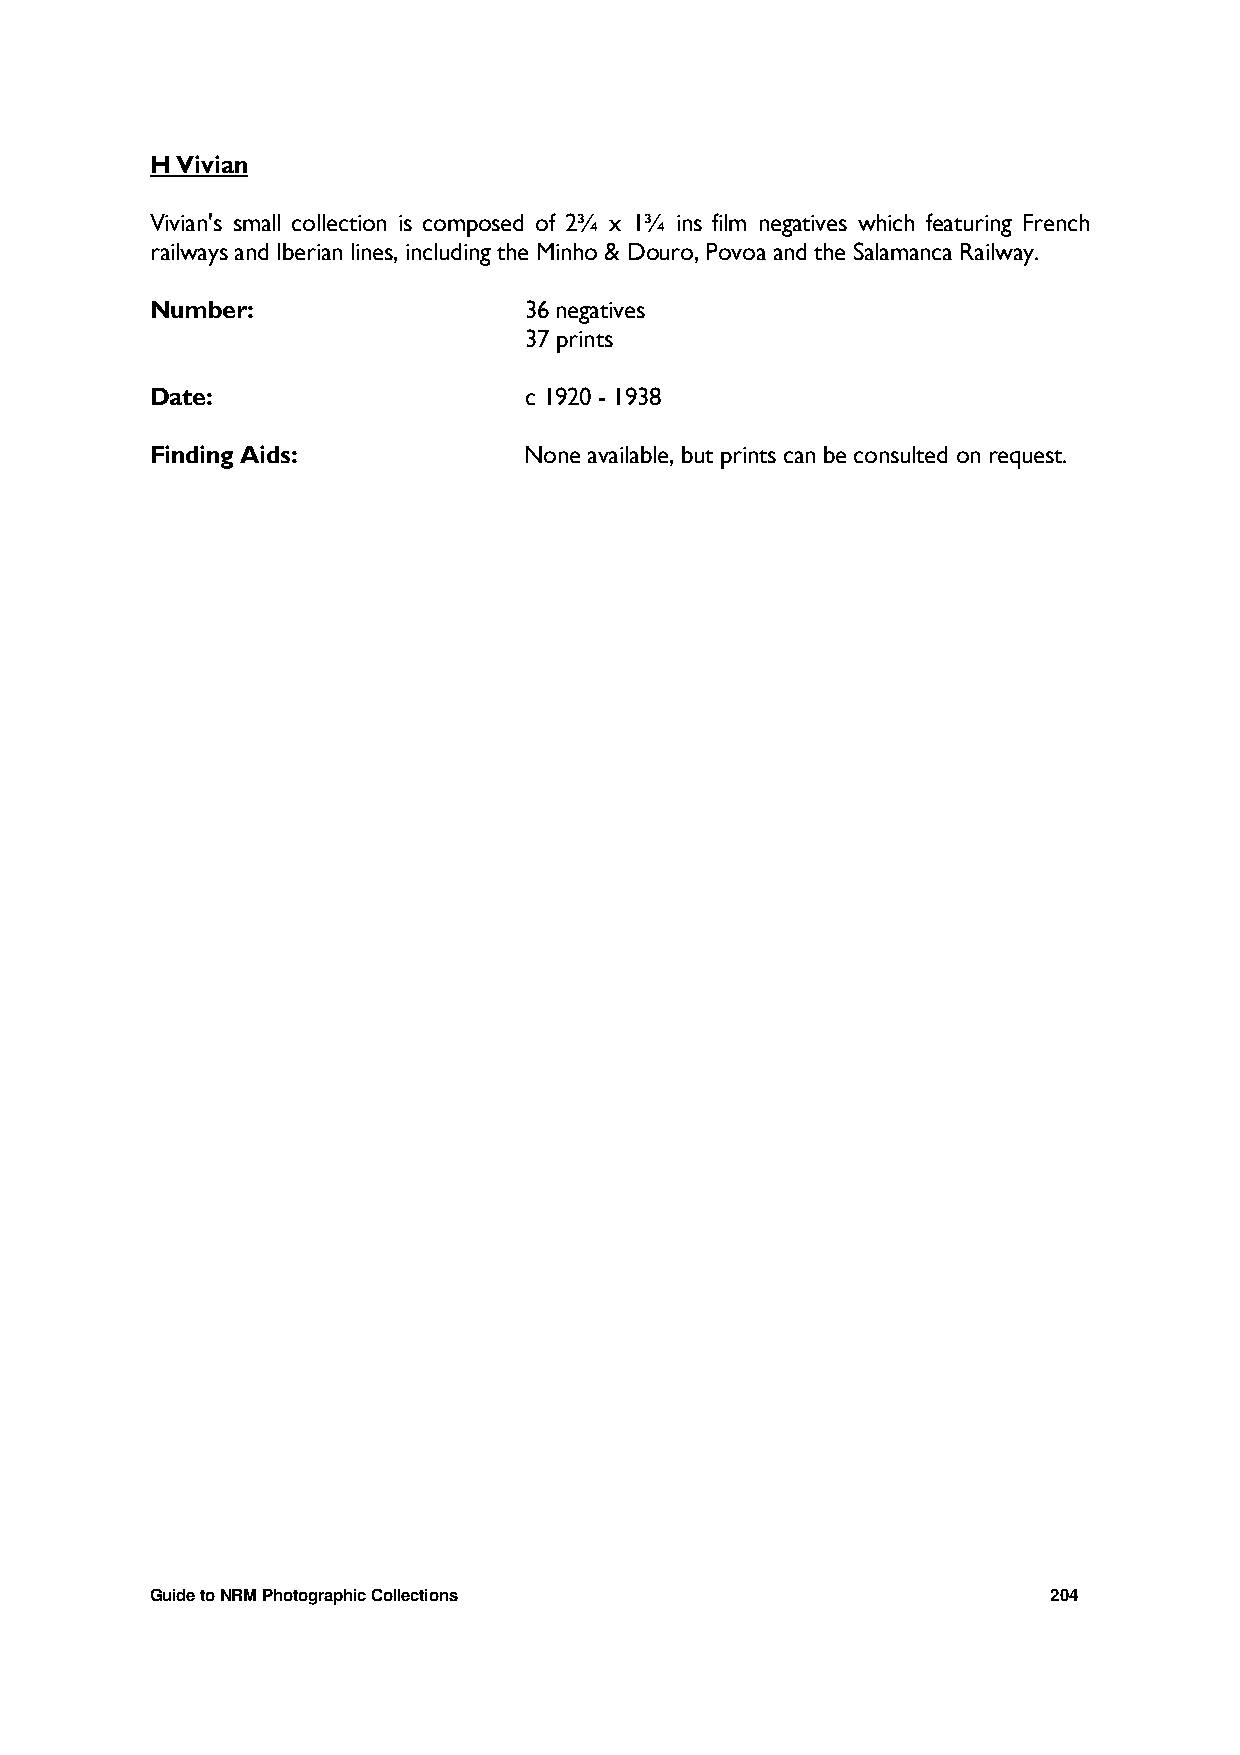
H Vivian
 Vivian's small collection is composed of 2¾ x 1¾ ins film negatives which featuring French
 railways and Iberian lines, including the Minho & Douro, Povoa and the Salamanca Railway.
 Number:                  36 negatives
 37 prints
 Date:                    c 1920 - 1938
 Finding Aids:            None available, but prints can be consulted on request.
 Guide to NRM Photographic Collections                       204